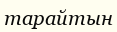
тарайтын